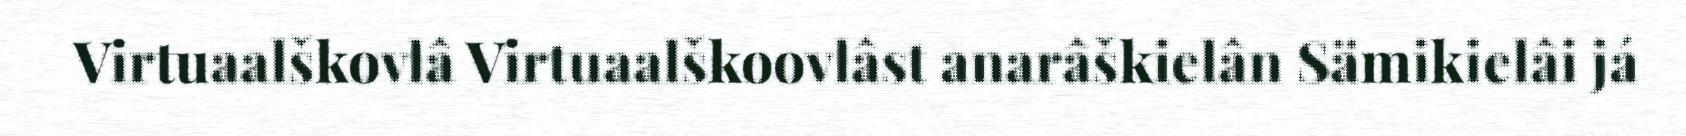
Virtuaalškovlâ Virtuaalškoovlâst anarâškielân Sämikielâi já